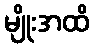
မျိုးအထိ